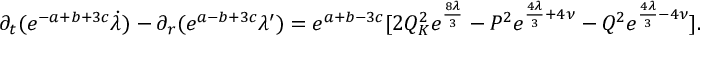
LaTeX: \partial _ { t } ( e ^ { - a + b + 3 c } \dot { \lambda } ) - \partial _ { r } ( e ^ { a - b + 3 c } \lambda ^ { \prime } ) = e ^ { a + b - 3 c } [ 2 Q _ { K } ^ { 2 } e ^ { \frac { 8 \lambda } { 3 } } - P ^ { 2 } e ^ { \frac { 4 \lambda } { 3 } + 4 \nu } - Q ^ { 2 } e ^ { \frac { 4 \lambda } { 3 } - 4 \nu } ] .